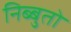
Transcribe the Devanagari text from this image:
निब्बुतो